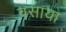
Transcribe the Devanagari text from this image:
वसाया